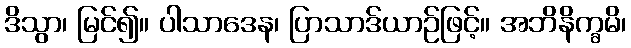
ဒိသွာ၊ မြင်၍။ ပါသာဒေန၊ ပြာသာဒ်ယာဉ်ဖြင့်။ အဘိနိက္ခမိ၊